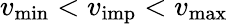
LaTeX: v_{\mathrm{min}}<v_{\mathrm{imp}}<v_{\mathrm{max}}